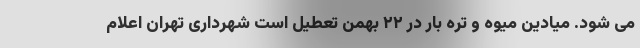
می شود. میادین میوه و تره بار در ۲۲ بهمن تعطیل است شهرداری تهران اعلام